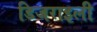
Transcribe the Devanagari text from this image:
डिजराइली